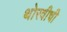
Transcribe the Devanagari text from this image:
थोरवीची